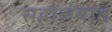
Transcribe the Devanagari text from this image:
सहोलयात